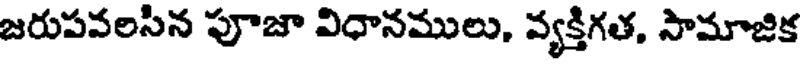
జరుపవలసిన పూజా విధానములు, వ్యక్తిగత, సామాజిక